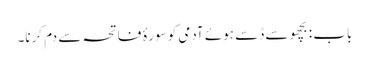
باب : بچھو سے ڈسے ہوئے آدمی کو سورۂ فاتحہ سے دم کرنا۔